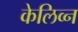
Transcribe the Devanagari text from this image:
केलिव्न